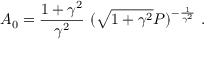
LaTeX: A _ { 0 } = \frac { 1 + \gamma ^ { 2 } } { \gamma ^ { 2 } } \ ( \sqrt { 1 + \gamma ^ { 2 } } P ) ^ { - \frac { 1 } { \gamma ^ { 2 } } } \ .